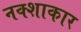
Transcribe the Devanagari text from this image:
नक्शाकार